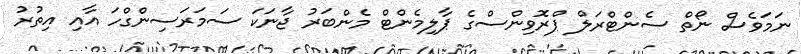
ނަމަވެސް ނޯތް ސެންޓްރަލް ޕްރޮވިންސްގެ ޕާލިމެންޓް މެންބަރު ޖާނަކަ ސަމަރަސިންގްހަ އާއި އިތުރު